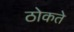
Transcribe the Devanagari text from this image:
ठोकते